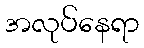
အလုပ်နေရာ